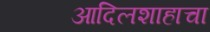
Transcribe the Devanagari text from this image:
आदिलशाहाचा